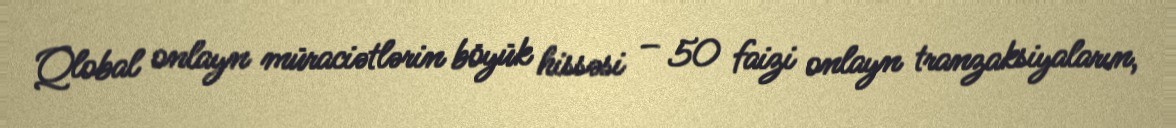
Qlobal onlayn müraciətlərin böyük hissəsi – 50 faizi onlayn tranzaksiyaların,